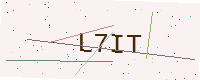
Text: L7IT